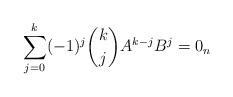
LaTeX: \begin{align*} \sum_{j=0}^k(-1)^j\binom{k}{j}A^{k-j}B^j=0_n \end{align*}